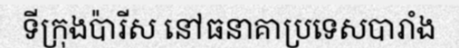
ទីក្រុងប៉ារីស នៅធនាគាប្រទេសបារាំង